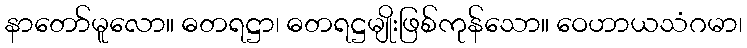
နာတော်မူလော။ ဓတရဋ္ဌာ၊ ဓတရဋ္ဌမျိုးဖြစ်ကုန်သော။ ဝေဟာယသံဂမာ၊